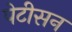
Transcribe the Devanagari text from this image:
पेटीसन